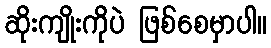
ဆိုးကျိုးကိုပဲ ဖြစ်စေမှာပါ။